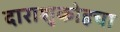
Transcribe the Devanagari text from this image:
दाराशुकोहचा